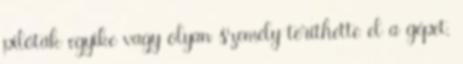
pilóták egyike vagy olyan személy téríthette el a gépet,